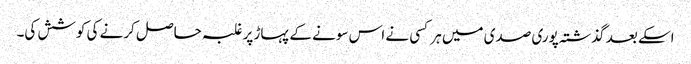
اسکے بعد گذشتہ پوری صدی میں ہر کسی نے اس سونے کے پہاڑ پر غلبہ حاصل کرنے کی کوشش کی۔